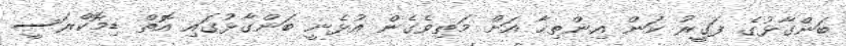
ބަންގާޅުގެ ފަގީރު ކަން އިންތިހާ އަށް މަތިވެގެން އުޅެނީ ބަންގާޅުގައި އޮތް ޑިމޮކްރަސީ